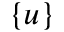
\{ u \}